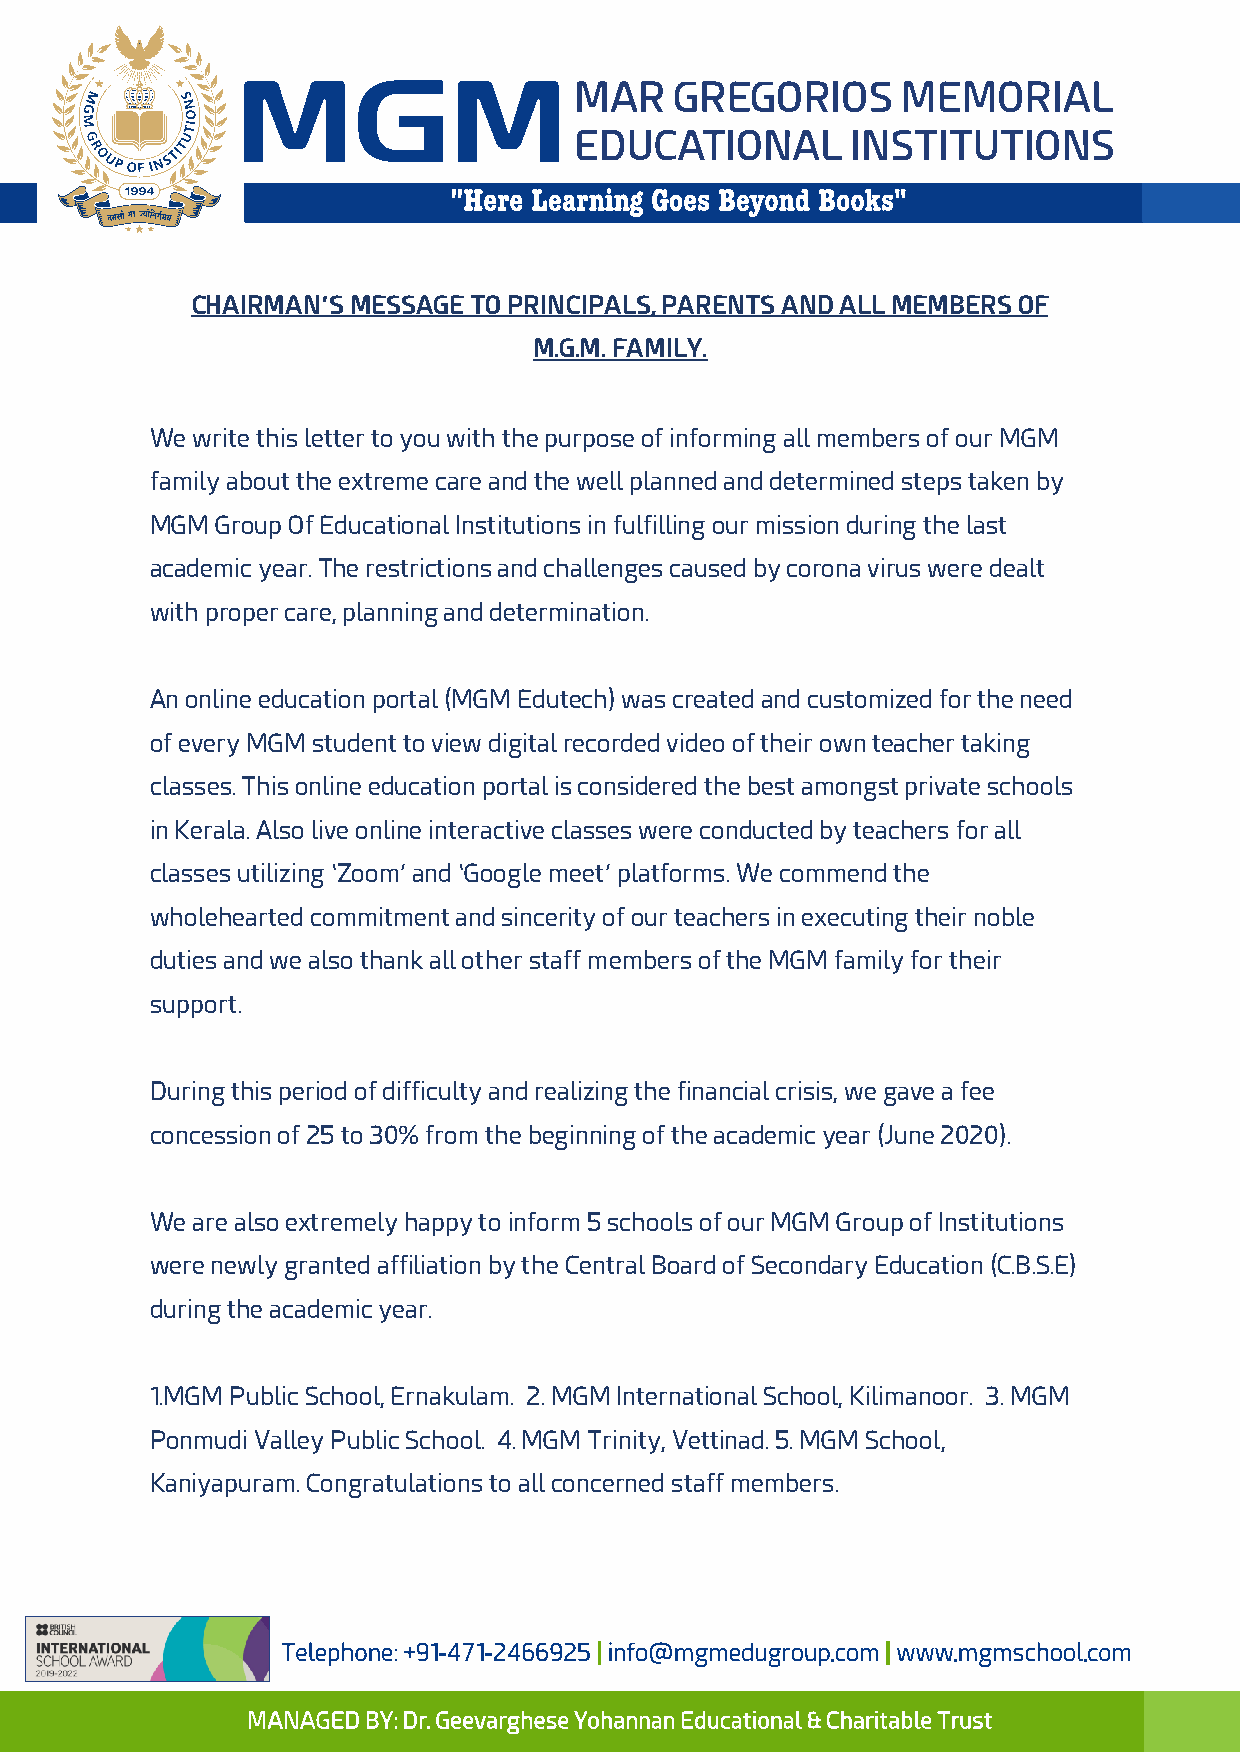
CHAIRMAN’S MESSAGE TO PRINCIPALS, PARENTS AND ALL MEMBERS OF
 M.G.M. FAMILY.
 We write this letter to you with the purpose of informing all members of our MGM
 family about the extreme care and the well planned and determined steps taken by
 MGM Group Of Educational Institutions in fulfilling our mission during the last
 academic year. The restrictions and challenges caused by corona virus were dealt
 with proper care, planning and determination.
 An online education portal (MGM Edutech) was created and customized for the need
 of every MGM student to view digital recorded video of their own teacher taking
 classes. This online education portal is considered the best amongst private schools
 in Kerala. Also live online interactive classes were conducted by teachers for all
 classes utilizing ‘Zoom’ and ‘Google meet’ platforms. We commend the
 wholehearted commitment and sincerity of our teachers in executing their noble
 duties and we also thank all other staff members of the MGM family for their
 support.
 During this period of difficulty and realizing the financial crisis, we gave a fee
 concession of 25 to 30% from the beginning of the academic year (June 2020).
 We are also extremely happy to inform 5 schools of our MGM Group of Institutions
 were newly granted affiliation by the Central Board of Secondary Education (C.B.S.E)
 during the academic year.
 1.MGM Public School, Ernakulam. 2. MGM International School, Kilimanoor. 3. MGM
 Ponmudi Valley Public School. 4. MGM Trinity, Vettinad. 5. MGM School,
 Kaniyapuram. Congratulations to all concerned staff members.